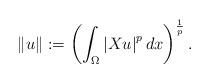
LaTeX: \begin{align*}\|u\|:=\left(\int_{\Omega}\left|X u\right|^{p} d x\right)^{\frac{1}{p}}.\end{align*}